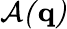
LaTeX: \cal A({\mathbf q})